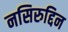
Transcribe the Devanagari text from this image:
नसिरुद्दिन